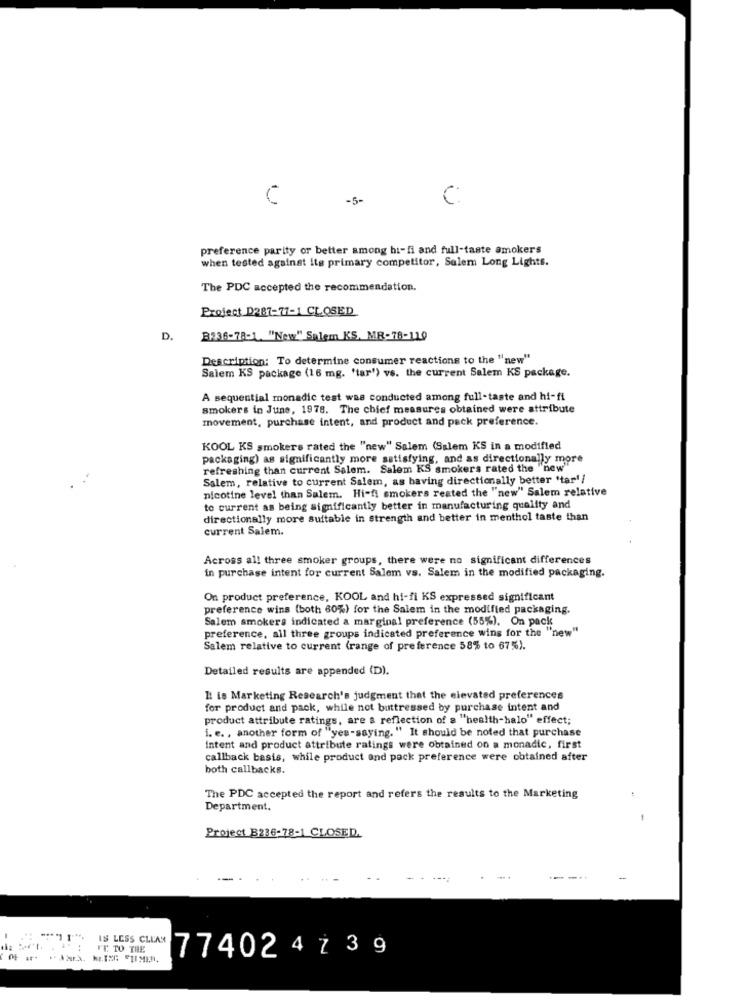
-5-
C:
preference parity or better among hi-fi and full-taste smokers
when tested against its primary competitor, Salem Long Lights.
The PDC accepted the recommendation.
Project D287-77-1 CLOSED
D.
B336-78-1. "New" Salem KS, MR-78-119
Description: To determine consumer reactions to the "new"
Salem KS package (16 mg. 'tar') vs. the current Salem KS package.
A sequential monadic test was conducted among full-taste and hi-fi
smokers in June, 1978. The chief measures obtained were attribute
movement, purchase intent, and product and pack preference.
KOOL KS smokers rated the "new" Salem (Salem KS in a modified
packaging) as significantly more satisfying, and as directionally more
refreshing than current Salem. Salem KS smokers rated the "new"
Salem, relative to current Salem, as having directionally better "tar !!
nicotine level than Salem. Hi-fi smokers reated the "new" Salem relative
to current as being significantly better in manufacturing quality and
directionally more suitable in strength and better in menthol taste than
current Salem.
Across all three smoker groups, there were no significant differences
in purchase intent for current Salem vs. Salem in the modified packaging.
On product preference, KOOL and hi-fi KS expressed significant
preference wins (both 60%) for the Salem in the modified packaging.
Salem smokers indicated a marginal preference (55%). On pack
preference, all three groups indicated preference wins for the "new"
Salem relative to current (range of preference 58% to 67%).
Detailed results are appended (D).
It is Marketing Research's judgment that the elevated preferences
for product and pack, while not buttressed by purchase intent and
product attribute ratings, are a reflection of a "health-halo" effect;
i. e. , another form of "yes-saying. " It should be noted that purchase
Intent and product attribute ratings were obtained on a monadic, first
callback basis, while product and pack preference were obtained after
both callbacks.
The PDC accepted the report and refers the results to the Marketing
Department.
Project B236-78-1 CLOSED.
"I". IS LESS CLEAR
IS LESS CLEAR
: : 'l . : PT TO THE
77402 4 z 3 9